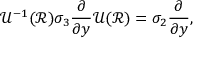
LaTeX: \mathcal { U } ^ { - 1 } ( \mathcal { R } ) \sigma _ { 3 } \frac { \partial } { \partial y } \mathcal { U } ( \mathcal { R } ) = \sigma _ { 2 } \frac { \partial } { \partial y } ,